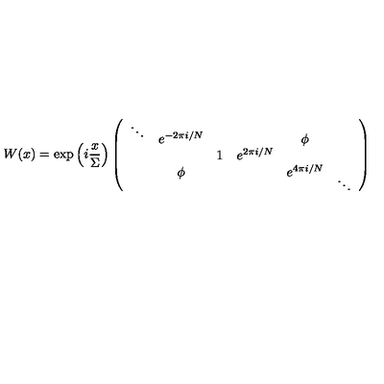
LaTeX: W ( x ) = \exp \left( i \frac { x } { \Sigma } \right) \left( \begin{array} { c c c c c c } { \mathrm { } ^ { \ddots } } & { e ^ { - 2 \pi i / N } } & { } & { } & { \phi } \\ { } & { } & { 1 } & { e ^ { 2 \pi i / N } } & { } & { } \\ { } & { \phi } & { } & { } & { e ^ { 4 \pi i / N } } & { \mathrm { } _ { \ddots } } \\ \end{array} \right)